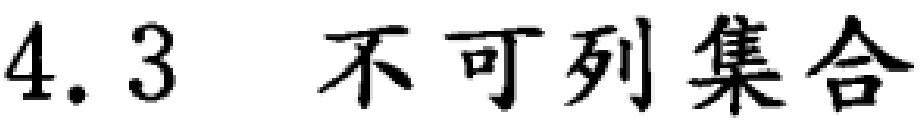
4.3 不可列集合